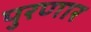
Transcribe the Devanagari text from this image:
पुरणार